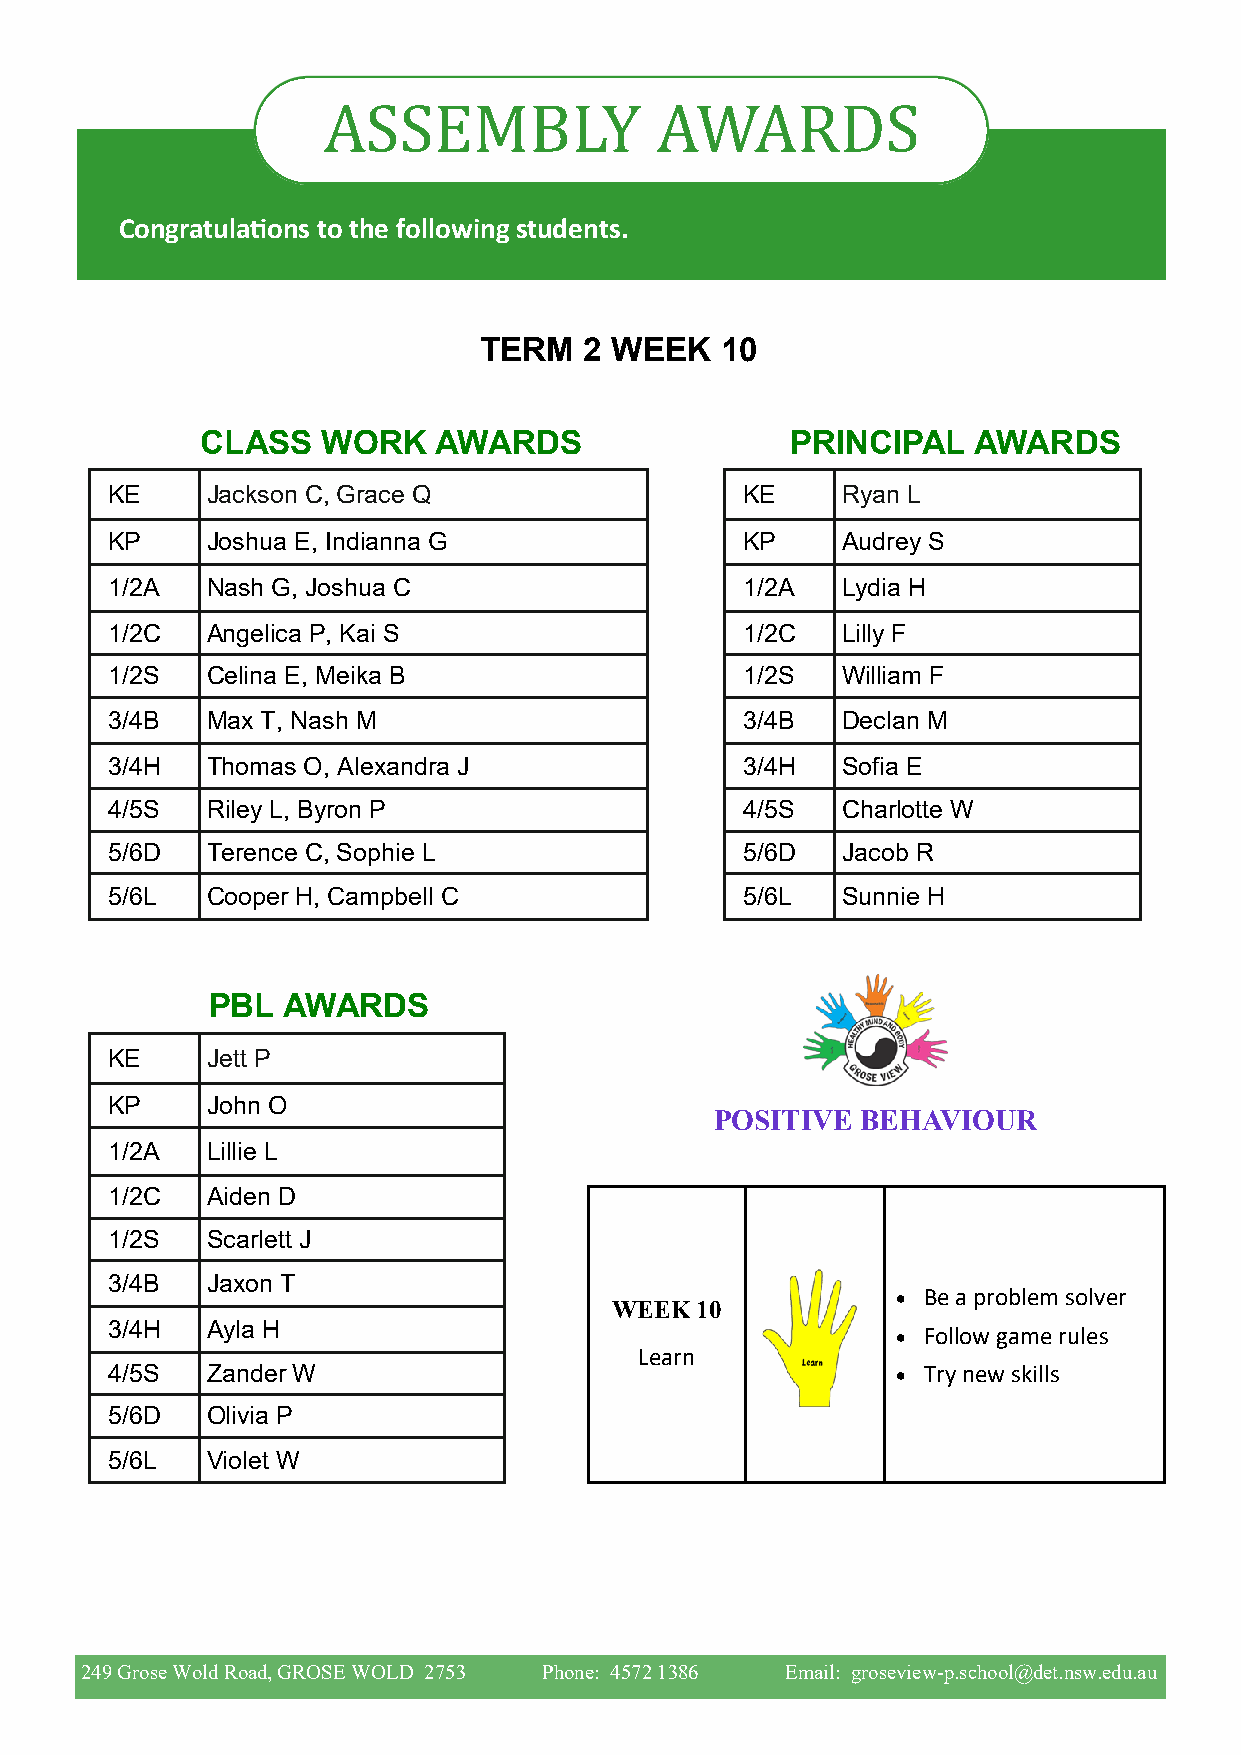
ASSEMBLY              AWARDS
 Congratulations to the following students.
 TERM   2 WEEK   10
 CLASS   WORK    AWARDS                 PRINCIPAL    AWARDS
 KE     Jackson C, Grace Q                 KE     Ryan L
 KP     Joshua E, Indianna G               KP     Audrey S
 1/2A   Nash G, Joshua C                   1/2A   Lydia H
 1/2C   Angelica P, Kai S                  1/2C   Lilly F
 1/2S   Celina E, Meika B                  1/2S   William F
 3/4B   Max T, Nash M                      3/4B   Declan M
 3/4H   Thomas O, Alexandra J              3/4H   Sofia E
 4/5S   Riley L, Byron P                   4/5S   Charlotte W
 5/6D   Terence C, Sophie L                5/6D   Jacob R
 5/6L   Cooper H, Campbell C               5/6L   Sunnie H
 PBL  AWARDS
 KE     Jett P
 KP     John O
 POSITIVE  BEHAVIOUR
 1/2A   Lillie L
 1/2C   Aiden D
 1/2S   Scarlett J
 3/4B   Jaxon T
 • Be a problem solver
 WEEK 10
 3/4H   Ayla H
 • Follow game rules
 Learn
 4/5S   Zander W                                     • Try new skills
 5/6D   Olivia P
 5/6L   Violet W
 249 Grose Wold Road, GROSE WOLD 2753 Phone: 4572 1386 Email: groseview-p.school@det.nsw.edu.au